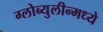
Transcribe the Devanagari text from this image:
ग्लोब्युलीन्मध्ये